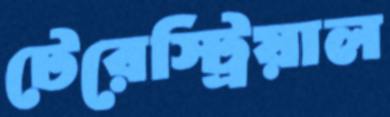
টেরেস্ট্রিয়াল